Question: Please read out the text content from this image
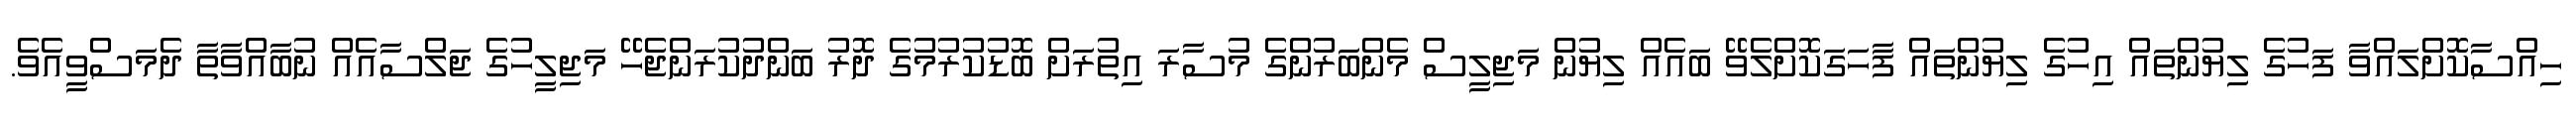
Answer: ހިއްސާކޮށްލައްވާ ފަހުގެ ލިޔުންތައް އިހުގެ ލިޔުންތައް ފާހަގަކޮށްލެވޭ ބައެއް ލިޔުން މަޖިލީސް މެންބަރުންގެ މުސާރަ އިތުރަށް ބޮޑުކުރުމުގެ ދޮރު ބަންދުކުރަންޖެހޭ މަޖިލީހުގެ ޖަލްސާއެއް ނުބާއްވާތާ ދެމަސްވީއެވެ.